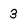
Character: 3